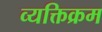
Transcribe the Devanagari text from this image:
व्यक्तिक्रम